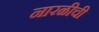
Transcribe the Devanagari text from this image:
नारळीची